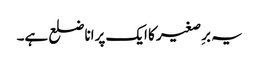
یہ برِصغیر کا ایک پرانا ضلع ہے۔